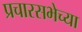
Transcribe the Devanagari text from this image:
प्रचारसभेच्या